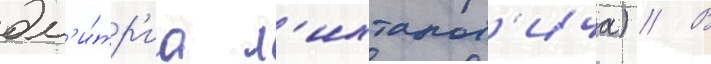
дм'и́тр'иа л'ихтаров'ича) // В